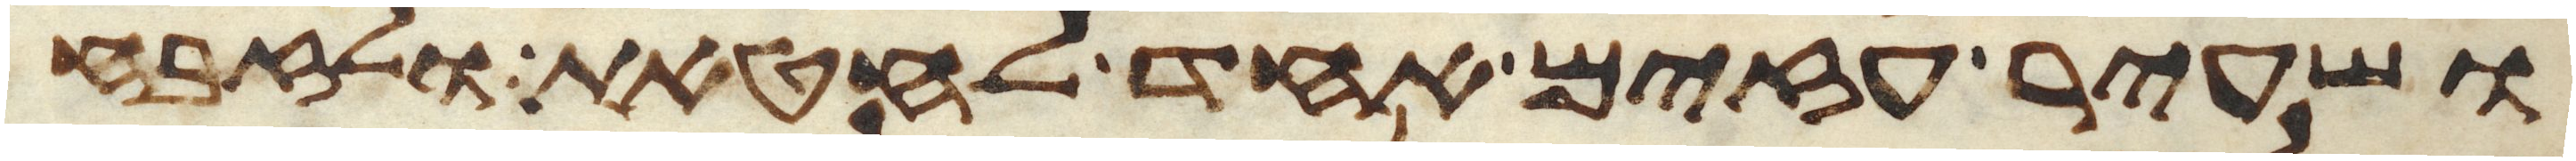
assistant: ושעיר עזים אחד לחטאת ולזבח